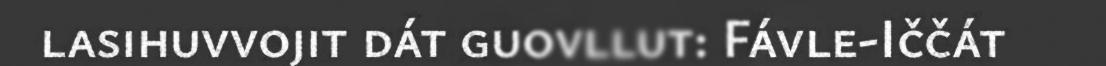
lasihuvvojit dát guovllut: Fávle-Iččát